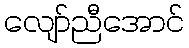
လျော်ညီအောင်